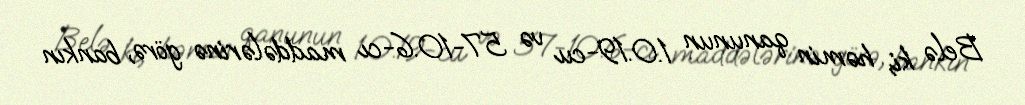
Belə ki, həmin qanunun 1.0.19-cu və 57-10.6-cı maddələrinə görə, bankın